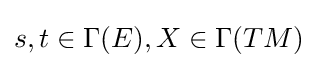
s,t\in \Gamma (E),X\in \Gamma (TM)